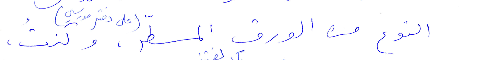
النوع من الورق المسطّر (على دفتر مدرسي). وكنتُ